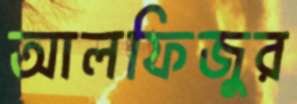
আলফিজুর